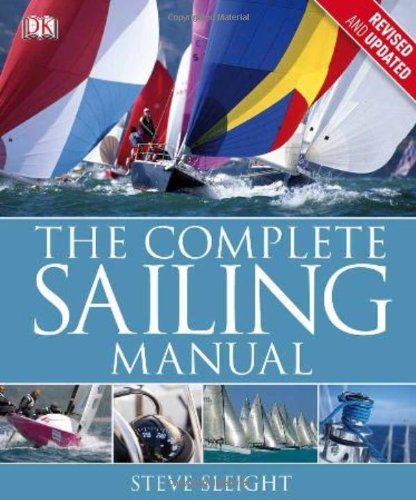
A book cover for The Complete Sailing Manual, Third Edition; DK Publishing; Sports & Outdoors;